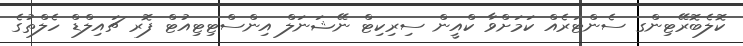
ކޮލެބޮރޭޓިންގ ސެންޓަރެއް ކަމަށްވާ ކްއީން ސިރިކިޓް ނޭޝަނަލް އިންސްޓިޓިއުޓް ފޮރ ޗައިލްޑް ހެލްތުގެ